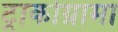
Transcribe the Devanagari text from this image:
ट्राकोग्रामा